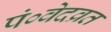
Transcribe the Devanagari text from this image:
पं०वेदव्रत